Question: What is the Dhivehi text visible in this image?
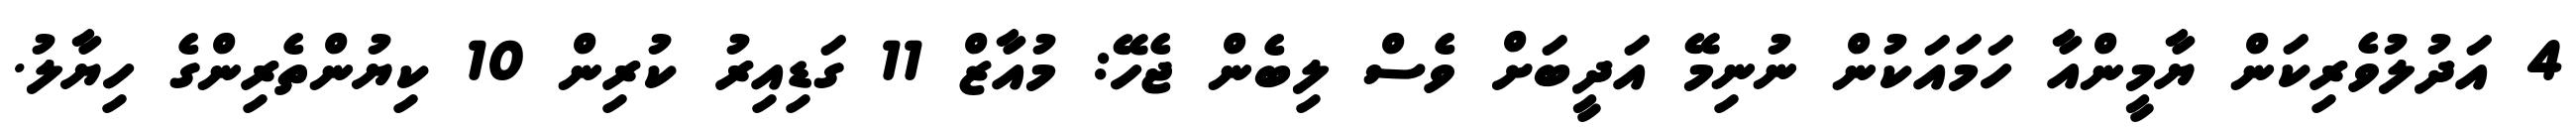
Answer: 4 އަދުލުވެރިކަން ޔާމީންއާ ހަމައަކުން ނުނިމޭ އަދީބަށް ވެސް ލިބެން ޖެހޭ: މުއާޒް 11 ގަޑިއިރު ކުރިން 10 ކިޔުންތެރިންގެ ހިޔާލު.